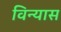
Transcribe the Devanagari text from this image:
विन्‍यास